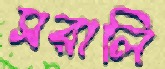
সরালি